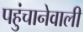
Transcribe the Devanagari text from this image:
पहुंचानेवाली